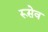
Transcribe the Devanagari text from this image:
रूसेव